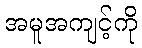
အမူအကျင့်ကို